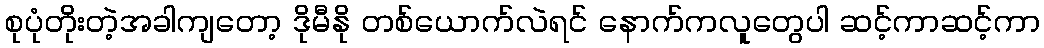
စုပုံတိုးတဲ့အခါကျတော့ ဒိုမီနို တစ်ယောက်လဲရင် နောက်ကလူတွေပါ ဆင့်ကာဆင့်ကာ